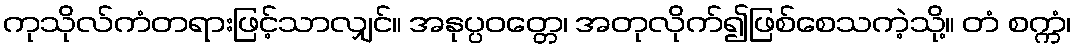
ကုသိုလ်ကံတရားဖြင့်သာလျှင်။ အနုပ္ပဝတ္တေ၊ အတုလိုက်၍ဖြစ်စေသကဲ့သို့။ တံ စက္ကံ၊